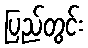
ပြည်တွင်း